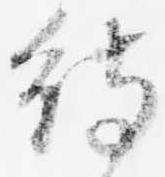
待